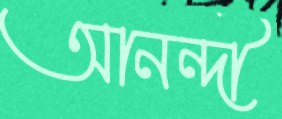
আনন্দী